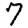
Digit: 7